Leaving Certificate Examination (including Day School Certificate (Higher) General paper), 1932
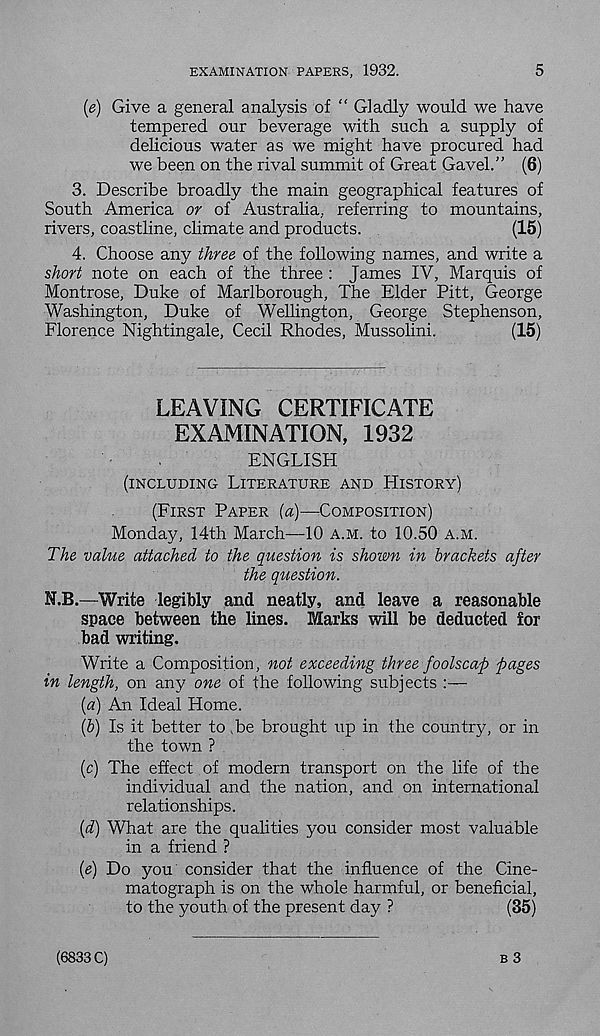
EXAMINATION PAPERS, 1932.
5
(e) Give a general analysis of “ Gladly would we have
tempered our beverage with such a supply of
delicious water as we might have procured had
we been on the rival summit of Great Gavel.” (6)
3. Describe broadly the main geographical features of
South America or of Australia, referring to mountains,
rivers, coastline, climate and products.
(15)
4. Choose any three of the following names, and write a
short note on each of the three : James IV, Marquis of
Montrose, Duke of Marlborough, The Elder Pitt, George
Washington, Duke of Wellington, George Stephenson,
Florence Nightingale, Cecil Rhodes, Mussolini.
(15)
LEAVING CERTIFICATE
EXAMINATION, 1932
ENGLISH
(INCLUDING LITERATURE AND HISTORY)
(FIRST PAPER {a)—COMPOSITION)
Monday, 14th March—10 A.M. to 10.50 A.M.
The value attached to the question is shown in brackets after
the question.
N.B.—Write legibly and neatly, and leave a reasonable
space between the lines. Marks will be deducted for
bad writing.
Write a Composition, not exceeding three foolscap pages
in length, on any one of the following subjects
(a) An Ideal Home.
(&) Is it better to .be brought up in the country, or in
the town ?
(c) The effect of modern transport on the life of the
individual and the nation, and on international
relationships.
(d) What are the qualities you consider most valuable
in a friend ?
(e) Do you consider that the influence of the Cine-
matograph is on the whole harmful, or beneficial,
to the youth of the present day ?
(35)
B 3
(6833 C)